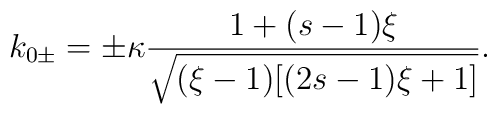
k_{0\pm}=\pm\kappa\frac{1+(s-1)\xi}{\sqrt{(\xi-1)[(2s-1)\xi+1]}}.